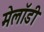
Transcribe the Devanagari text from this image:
मेलॉडी